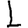
Digit: 1